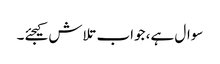
سوال ہے، جواب تلاش کیجئے۔